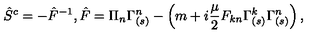
\hat { S } ^ { c } = - \hat { F } ^ { - 1 } , \hat { F } = \Pi _ { n } \Gamma _ { ( s ) } ^ { n } - \left( m + i \frac { \mu } { 2 } F _ { k n } \Gamma _ { ( s ) } ^ { k } \Gamma _ { ( s ) } ^ { n } \right) ,